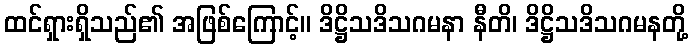
ထင်ရှားရှိသည်၏ အဖြစ်ကြောင့်။ ဒိဋ္ဌိသဒိသဂမနာ နီတိ၊ ဒိဋ္ဌိသဒိသဂမနတို့